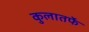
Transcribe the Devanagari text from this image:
कुलातर्फे